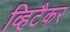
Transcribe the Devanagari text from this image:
व्हिटैकर